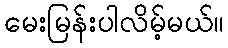
မေးမြန်းပါလိမ့်မယ်။